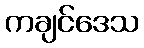
ကချင်ဒေသ